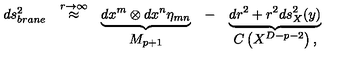
\begin{array} { c c c c c } { d s _ { b r a n e } ^ { 2 } } & { \stackrel { r \to \infty } { \approx } } & { \underbrace { d x ^ { m } \otimes d x ^ { n } \eta _ { m n } } } & { - } & { \underbrace { d r ^ { 2 } + r ^ { 2 } d s _ { X } ^ { 2 } ( y ) } } \\ { \null } & { \null } & { M _ { p + 1 } } & { \null } & { C \left( X ^ { D - p - 2 } \right) , } \\ \end{array}